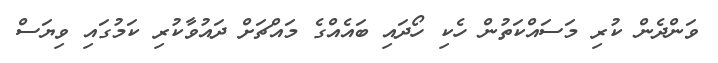
ވަންދެން ކުރި މަސައްކަތުން ހެކި ހޯދައި ބައެއްގެ މައްޗަށް ދައުވާކުރި ކަމުގައި ވިޔަސް